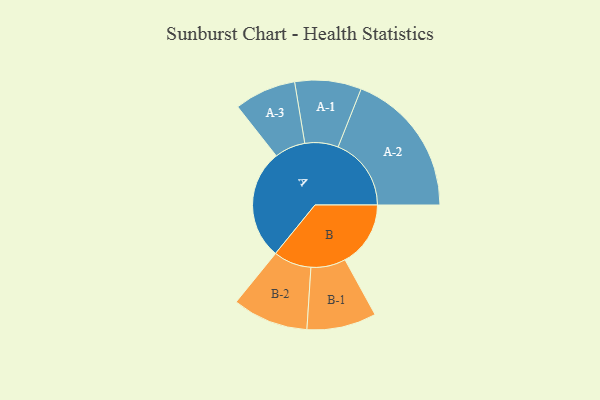
{"axis": {"x": "Segment", "y": "Value"}, "legend": ["", "A", "B"], "data": [{"x": "A", "y": 449, "type": ""}, {"x": "B", "y": 268, "type": ""}, {"x": "A-1", "y": 136, "type": "A"}, {"x": "A-2", "y": 299, "type": "A"}, {"x": "A-3", "y": 126, "type": "A"}, {"x": "B-1", "y": 142, "type": "B"}, {"x": "B-2", "y": 155, "type": "B"}]}